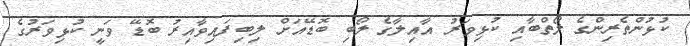
ކުޅުންތެރިންގެ ލޯތްބާއި ކުޅިވަރު އާއިލާގެ ލޯބި ބޮޑޭއަށް ލިބިފައިވާއިރު ބޮޑޭ ވަނީ ކުޅިވަރުގެ